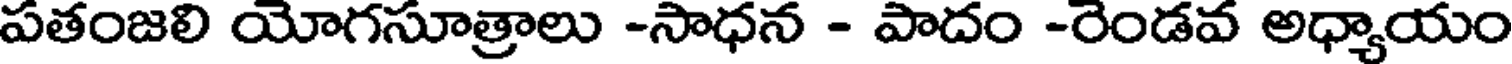
పతంజలి యోగసూత్రాలు -సాధన - పాదం -రెండవ అధ్యాయం